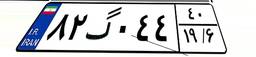
۸۲گ۰۴۴۴۰